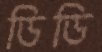
ডিডি